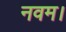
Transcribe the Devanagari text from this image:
नवम।